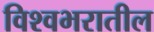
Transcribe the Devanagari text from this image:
विश्वभरातील